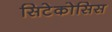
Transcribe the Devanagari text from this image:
सिटेकोसिस